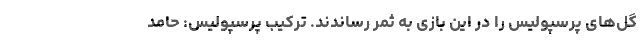
گل‌های پرسپولیس را در این بازی به ثمر رساندند. ترکیب پرسپولیس: حامد